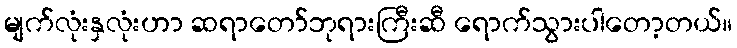
မျက်လုံးနှလုံးဟာ ဆရာတော်ဘုရားကြီးဆီ ရောက်သွားပါတော့တယ်။